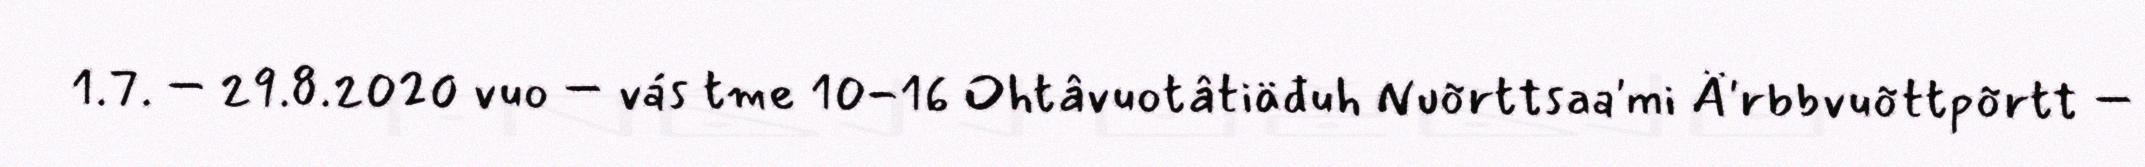
1.7. – 29.8.2020 vuo – vás tme 10-16 Ohtâvuotâtiäđuh Nuõrttsaa'mi Ä'rbbvuõttpõrtt –